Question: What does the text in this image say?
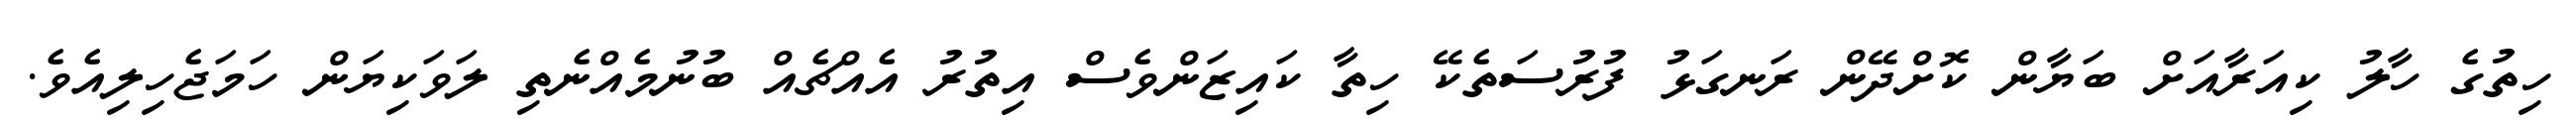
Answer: ހިތުގެ ހާލު ކިއަރާއަށް ބަޔާން ކޮށްދޭން ރަނގަޅު ފުރުސަތެކޭ ހިތާ ކައިޒަންވެސް އިތުރު އެއްޗެއް ބުނުމެއްނެތި ލަވަކިޔަން ހަމަޖެހިލިއެވެ.